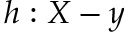
h : X - y